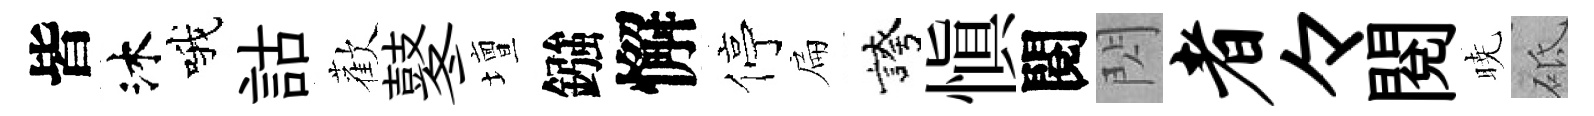
皆沐哦詁歡鼕壇鏹懈停扁誇愼閱閃者々閲暁砥